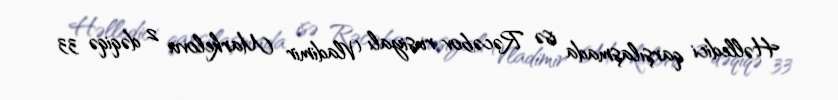
Həlledici qarşılaşmada isə Rəcəbov rusiyalı Vladimir Markelovu 2 dəqiqə 33